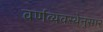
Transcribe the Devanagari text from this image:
वर्णव्यवस्थेनुसार